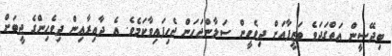
ބިދޭސީން އަތްގަދަވެ ވަޒީފާއަށް ދިވެހީން ސަލާންޖަހަން ޖެހިފައިވާކަމެވެ. އެ ދާއިރާއިން ދިވެހިންގެ ޖީބަށް